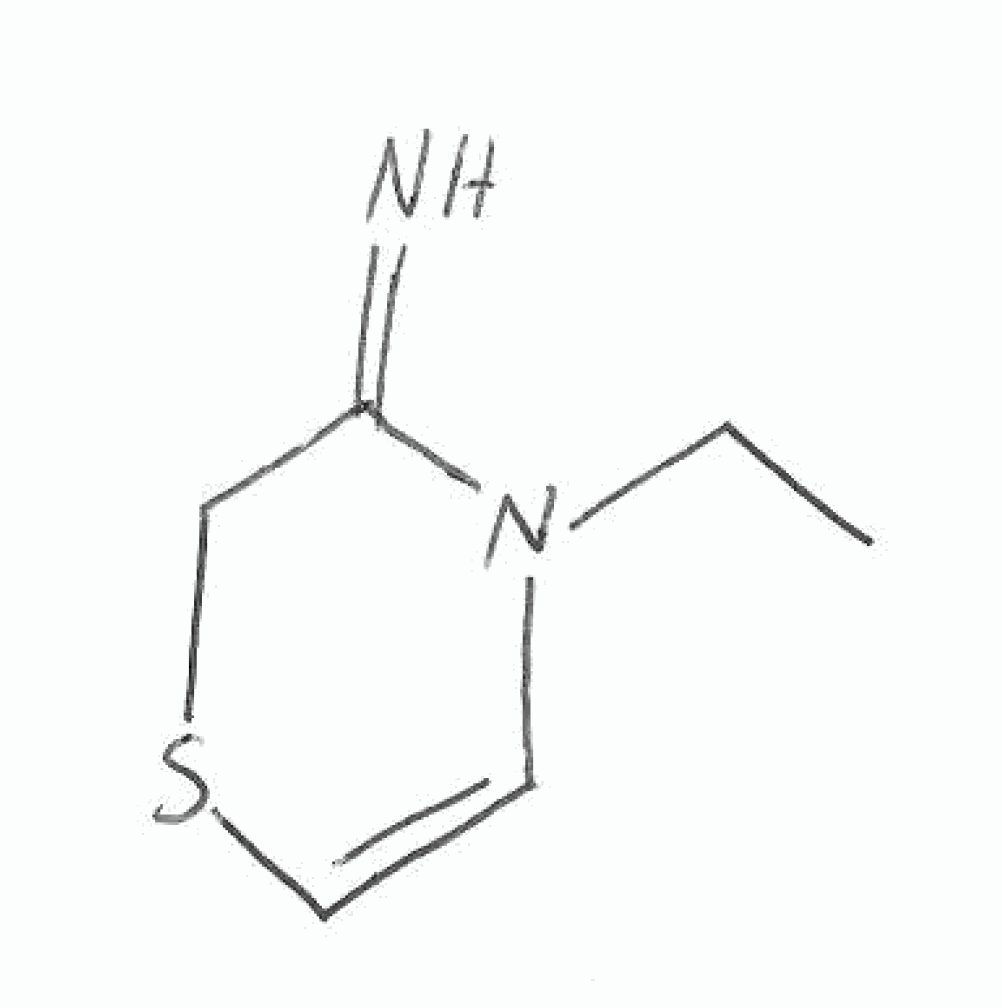
Simplified molecular-input line-entry system (SMILES) notation of the given molecule:
CCN1C=CSCC1=N